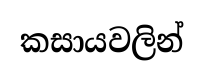
කසායවලින්